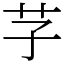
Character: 芓